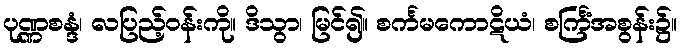
ပုဏ္ဏစန္ဒံ၊ လပြည့်ဝန်းကို။ ဒိသွာ၊ မြင်၍။ စင်္ကမကောဋိယံ၊ စင်္ကြံအစွန်း၌။